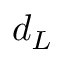
d _ { L }